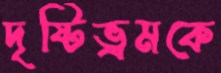
দৃষ্টিভ্রমকে